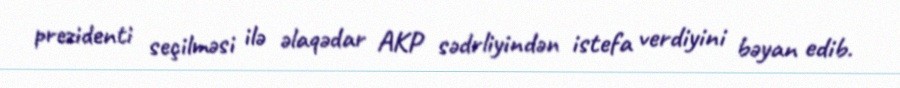
prezidenti seçilməsi ilə əlaqədar AKP sədrliyindən istefa verdiyini bəyan edib.